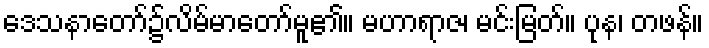
ဒေသနာတော်၌လိမ်မာတော်မူ၏။ မဟာရာဇ၊ မင်းမြတ်။ ပုန၊ တဖန်။